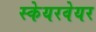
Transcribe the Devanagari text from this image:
स्केयरवेयर